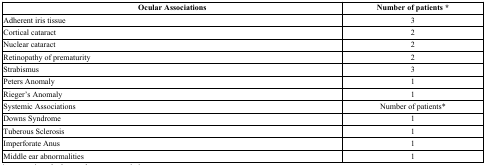
| Ocular Associations | Number of patients * |
 | --- | --- |
 | Adherent iris tissue | 3 |
 | Cortical cataract | 2 |
 | Nuclear cataract | 2 |
 | Retinopathy of prematurity | 2 |
 | Strabismus | 3 |
 | Peters Anomaly | 1 |
 | Rieger’s Anomaly | 1 |
 | Systemic Associations | Number of patients* |
 | Downs Syndrome | 1 |
 | Tuberous Sclerosis | 1 |
 | Imperforate Anus | 1 |
 | Middle ear abnormalities | 1 |